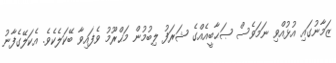
ޒަމާނުގައި އުޅުއްވި ނަމަވެސް ޞަޙާބީއެއްގެ ޝަރަފު ލިބުމުން މަޙްރޫމު ވެފައިވާ ބޭކަލެކެވެ. އެކަލޭގެފާނު